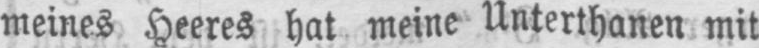
meines Heeres hat meine Unterthanen mit